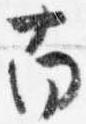
南